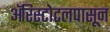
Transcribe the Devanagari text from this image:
ॲरिस्टोटलपासून